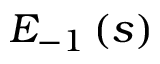
E _ { - 1 } \left( s \right)